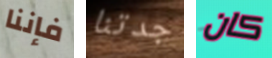
فإننا جدتنا كان